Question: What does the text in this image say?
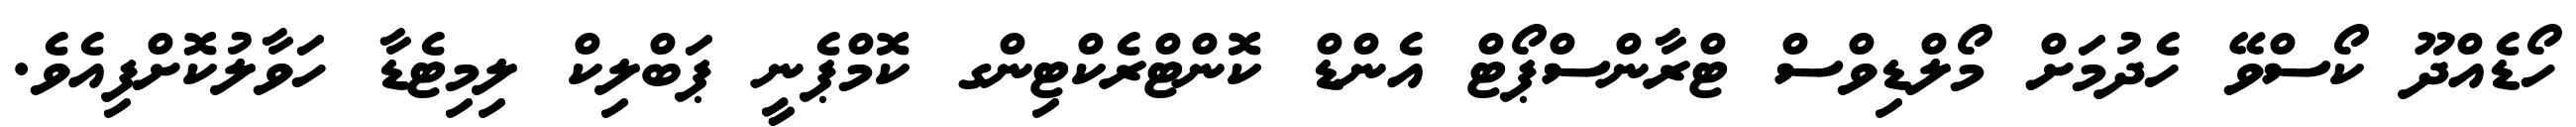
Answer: ހޯޑެއްދޫ ކޯސްވޭ ހެދުމަށް މޯލްޑިވްސް ޓްރާންސްޕޯޓް އެންޑް ކޮންޓްރެކްޓިންގ ކޮމްޕެނީ ޕަބްލިކް ލިމިޓެޑާ ހަވާލުކޮށްފިއެވެ.